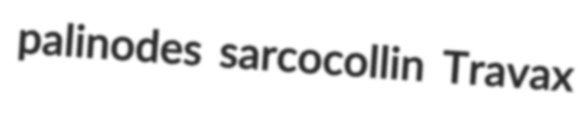
palinodes sarcocollin Travax